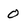
Character: 0